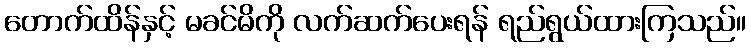
တောက်ထိန်နှင့် မခင်မိကို လက်ဆက်ပေးရန် ရည်ရွယ်ထားကြသည်။